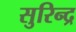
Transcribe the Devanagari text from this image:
सुरिन्द्र